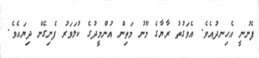
ފެނުނީ އެހިނދުއެވެ. އެވަގުތު ރާޔާގެ މޫނު މަތިން އުންމީދުގެ ކުލަވަރު ފެނިގެން ދިޔައެވެ.